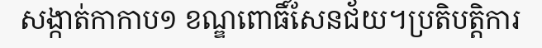
សង្កាត់កាកាប១ ខណ្ឌពោធិ៍សែនជ័យ។ប្រតិបត្តិការ